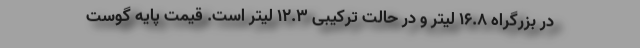
در بزرگراه 16.8 لیتر و در حالت ترکیبی 12.3 لیتر است. قیمت پایه گوست